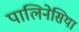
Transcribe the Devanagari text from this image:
पालिनेसिया